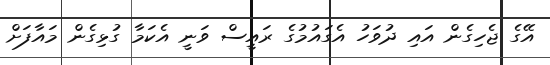
އޭގެ ޖެހިގެން އައި ދުވަހު އެގައުމުގެ ރައީސް ވަނީ އެކަމާ ގުޅިގެން މައާފަށް